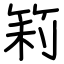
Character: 筣